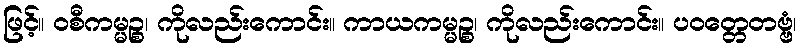
ဖြင့်။ ဝစီကမ္မဉ္စ၊ ကိုလည်းကောင်း။ ကာယကမ္မဉ္စ၊ ကိုလည်းကောင်း။ ပဝတ္တေတဗ္ဗံ၊